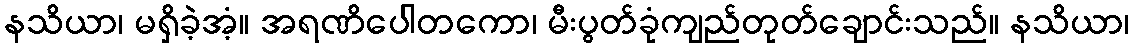
နသိယာ၊ မရှိခဲ့အံ့။ အရဏိပေါတကော၊ မီးပွတ်ခုံကျည်တုတ်ချောင်းသည်။ နသိယာ၊